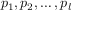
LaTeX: p _ { 1 } , p _ { 2 } , \ldots , p _ { l }